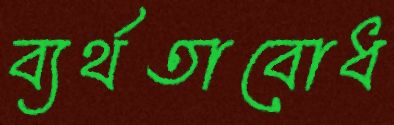
ব্যর্থতাবোধ